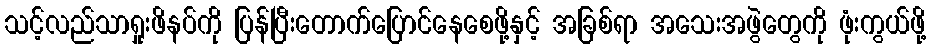
သင့်လည်သာရှုးဖိနပ်ကို ပြန်ပြီးတောက်ပြောင်နေစေဖို့နှင့် အခြစ်ရာ အသေးအဖွဲတွေကို ဖုံးကွယ်ဖို့